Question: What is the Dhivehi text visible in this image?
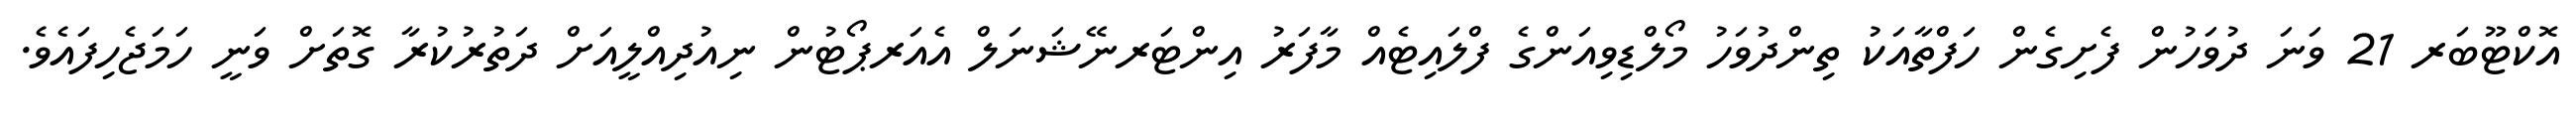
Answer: އޮކްޓޫބަރ 21 ވަނަ ދުވަހުން ފެށިގެން ހަފްތާއަކު ތިންދުވަހު މޯލްޑިވިއަންގެ ފްލައިޓެއް މާފަރު އިންޓަރނޭޝަނަލް އެއަރޕޯޓުން ނިއުދިއްލީއަށް ދަތުރުކުރާ ގޮތަށް ވަނީ ހަމަޖެހިފައެވެ.